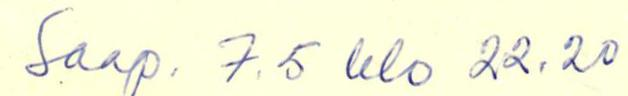
Saap. 7.5. klo 22.20